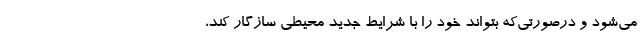
می‌شود و درصورتی‌که بتواند خود را با شرایط جدید محیطی سازگار کند،